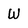
Character: W